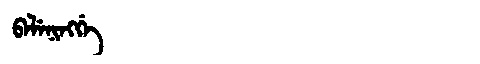
Manchu: ᠪᡝᠯᡝᠨᡳᠩᡤᡝ
Romanization: BELENINGGE